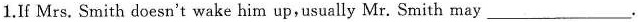
1. If Mrs. Smith doesn't wake him up,usually Mr. Smith may___.